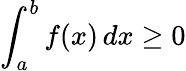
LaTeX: \int_{a}^{b}f(x)\, dx\geq 0